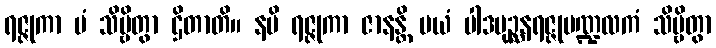
ရဇ္ဇုကာ မံ သိဗ္ဗိတွာ ဌိတာတိ။ နပိ ရဇ္ဇုကာ ဇာနန္တိ မယံ ပါဒပုဉ္ဆနရဇ္ဇုမဏ္ဍလကံ သိဗ္ဗိတွာ